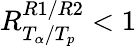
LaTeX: R_{T_{\alpha}/T_{p}}^{R1/R2}<1